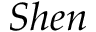
S h e n